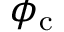
\phi _ { \mathrm { c } }